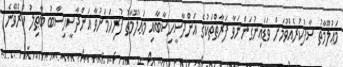
މަޢުލޫމާތު ސާފުކުރެއްވުމަށް ވަޑައިނުގަންނަވާ ފަރާތްތަކުގެ އަންދާސީހިސާބާއި މަޢުލޫމާތު ފުރިހަމަނުވާ އަންދާސީހިސާބު ބާޠިލު ކުރެވޭނެ